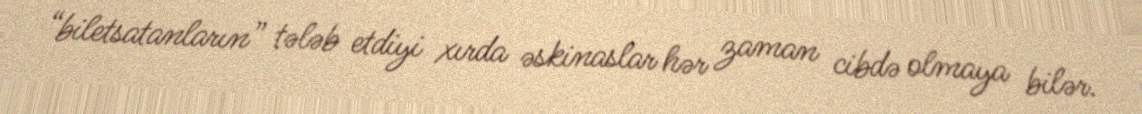
“biletsatanların” tələb etdiyi xırda əskinaslar hər zaman cibdə olmaya bilər.